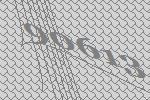
90613